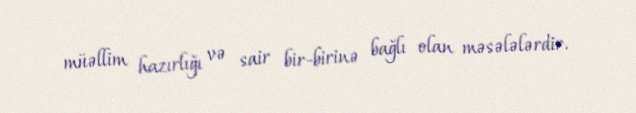
müəllim hazırlığı və sair bir-birinə bağlı olan məsələlərdir.